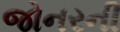
જોનરની